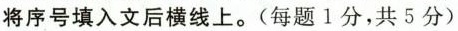
将序号填入文后横线上.(每题1分,共5分)